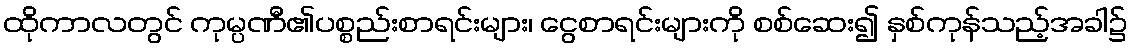
ထိုကာလတွင် ကုမ္ပဏီ၏ပစ္စည်းစာရင်းများ၊ ငွေစာရင်းများကို စစ်ဆေး၍ နှစ်ကုန်သည့်အခါ၌